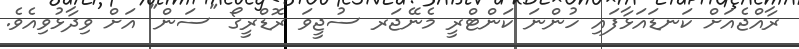
ރާއްޖެއަށް ކަނޑައަޅާފައި ހުންނަ ކަންޓްރީ މެނޭޖަރ ސުޖީވަ ރޮޑްރީގޯ "ސަން" އަށް ވިދާޅުވިއެވެ.